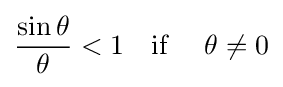
{\frac {\sin \theta }{\theta }}<1\quad {\text{if }}\quad \theta \neq 0